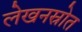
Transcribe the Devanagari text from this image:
लेखनस्रोत